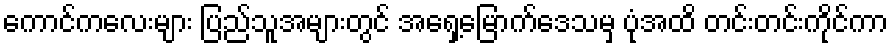
ကောင်ကလေးများ ပြည်သူအများတွင် အရှေ့မြောက်ဒေသမှ ပုံအထိ တင်းတင်းကိုင်ကာ